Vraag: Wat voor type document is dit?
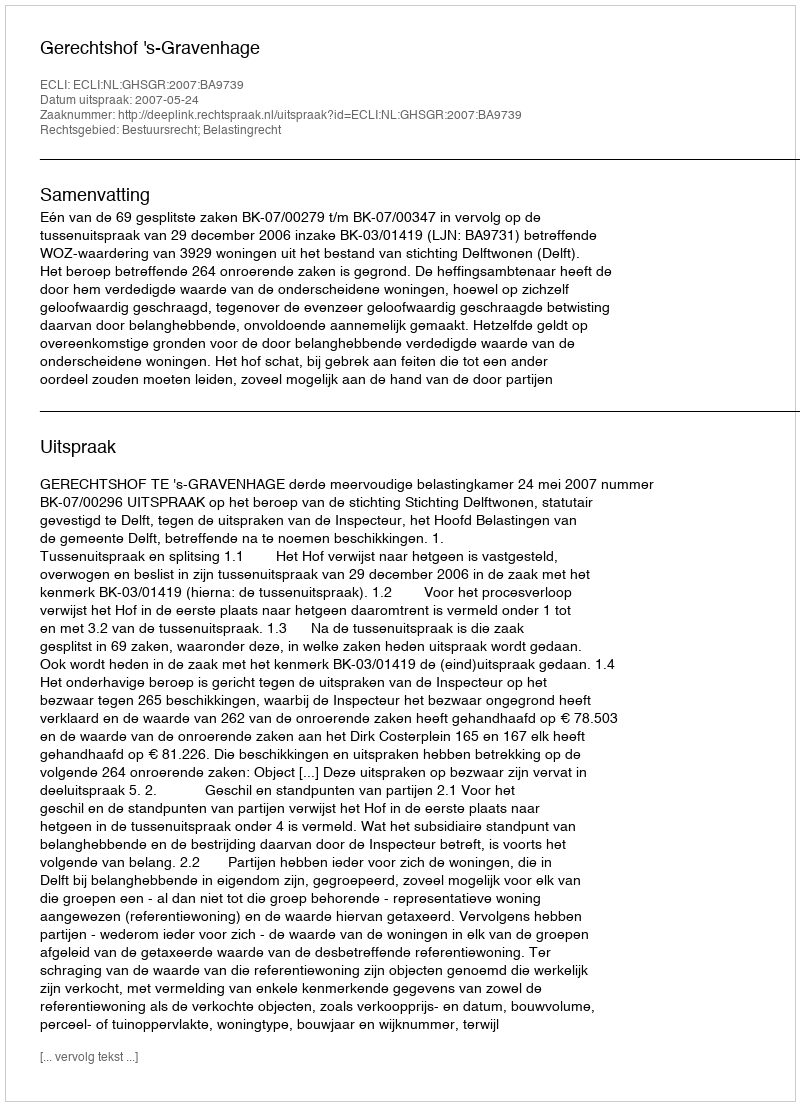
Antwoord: Uitspraak